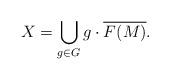
LaTeX: \begin{align*}X=\bigcup_{g \in G} g\cdot \overline{F(M)}.\end{align*}